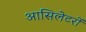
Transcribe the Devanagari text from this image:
आसिलेटरों